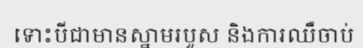
ទោះបីជាមានស្នាមរបួស និងការឈឺចាប់